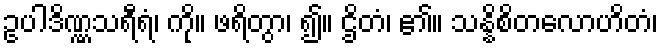
ဥပါဒိဏ္ဏသရီရံ၊ ကို။ ဖရိတွာ၊ ၍။ ဌိတံ၊ ၏။ သန္နိစိတလောဟိတံ၊